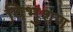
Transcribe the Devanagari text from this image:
विभुशण